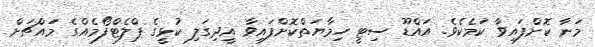
މަނާ ކޮށްފައިވާ ކަމެކެވެ. އައްޑޫ ސިޓީ ހިމާޔަތްކޮށްފައިވާ އީދިގަލި ކުޅީގެ ޕްލެޓްފޯމެއްގެ މައްޗަށް